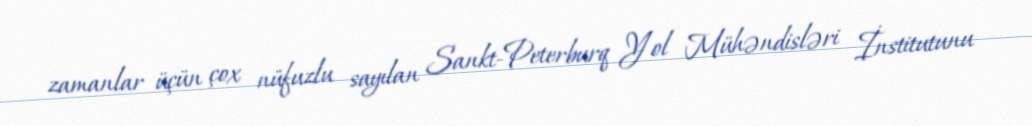
zamanlar üçün çox nüfuzlu sayılan Sankt-Peterburq Yol Mühəndisləri İnstitutunu